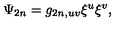
\Psi _ { 2 n } = g _ { 2 n , u v } \xi ^ { u } \xi ^ { v } ,